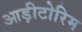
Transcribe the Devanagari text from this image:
आड़ीटोरिम